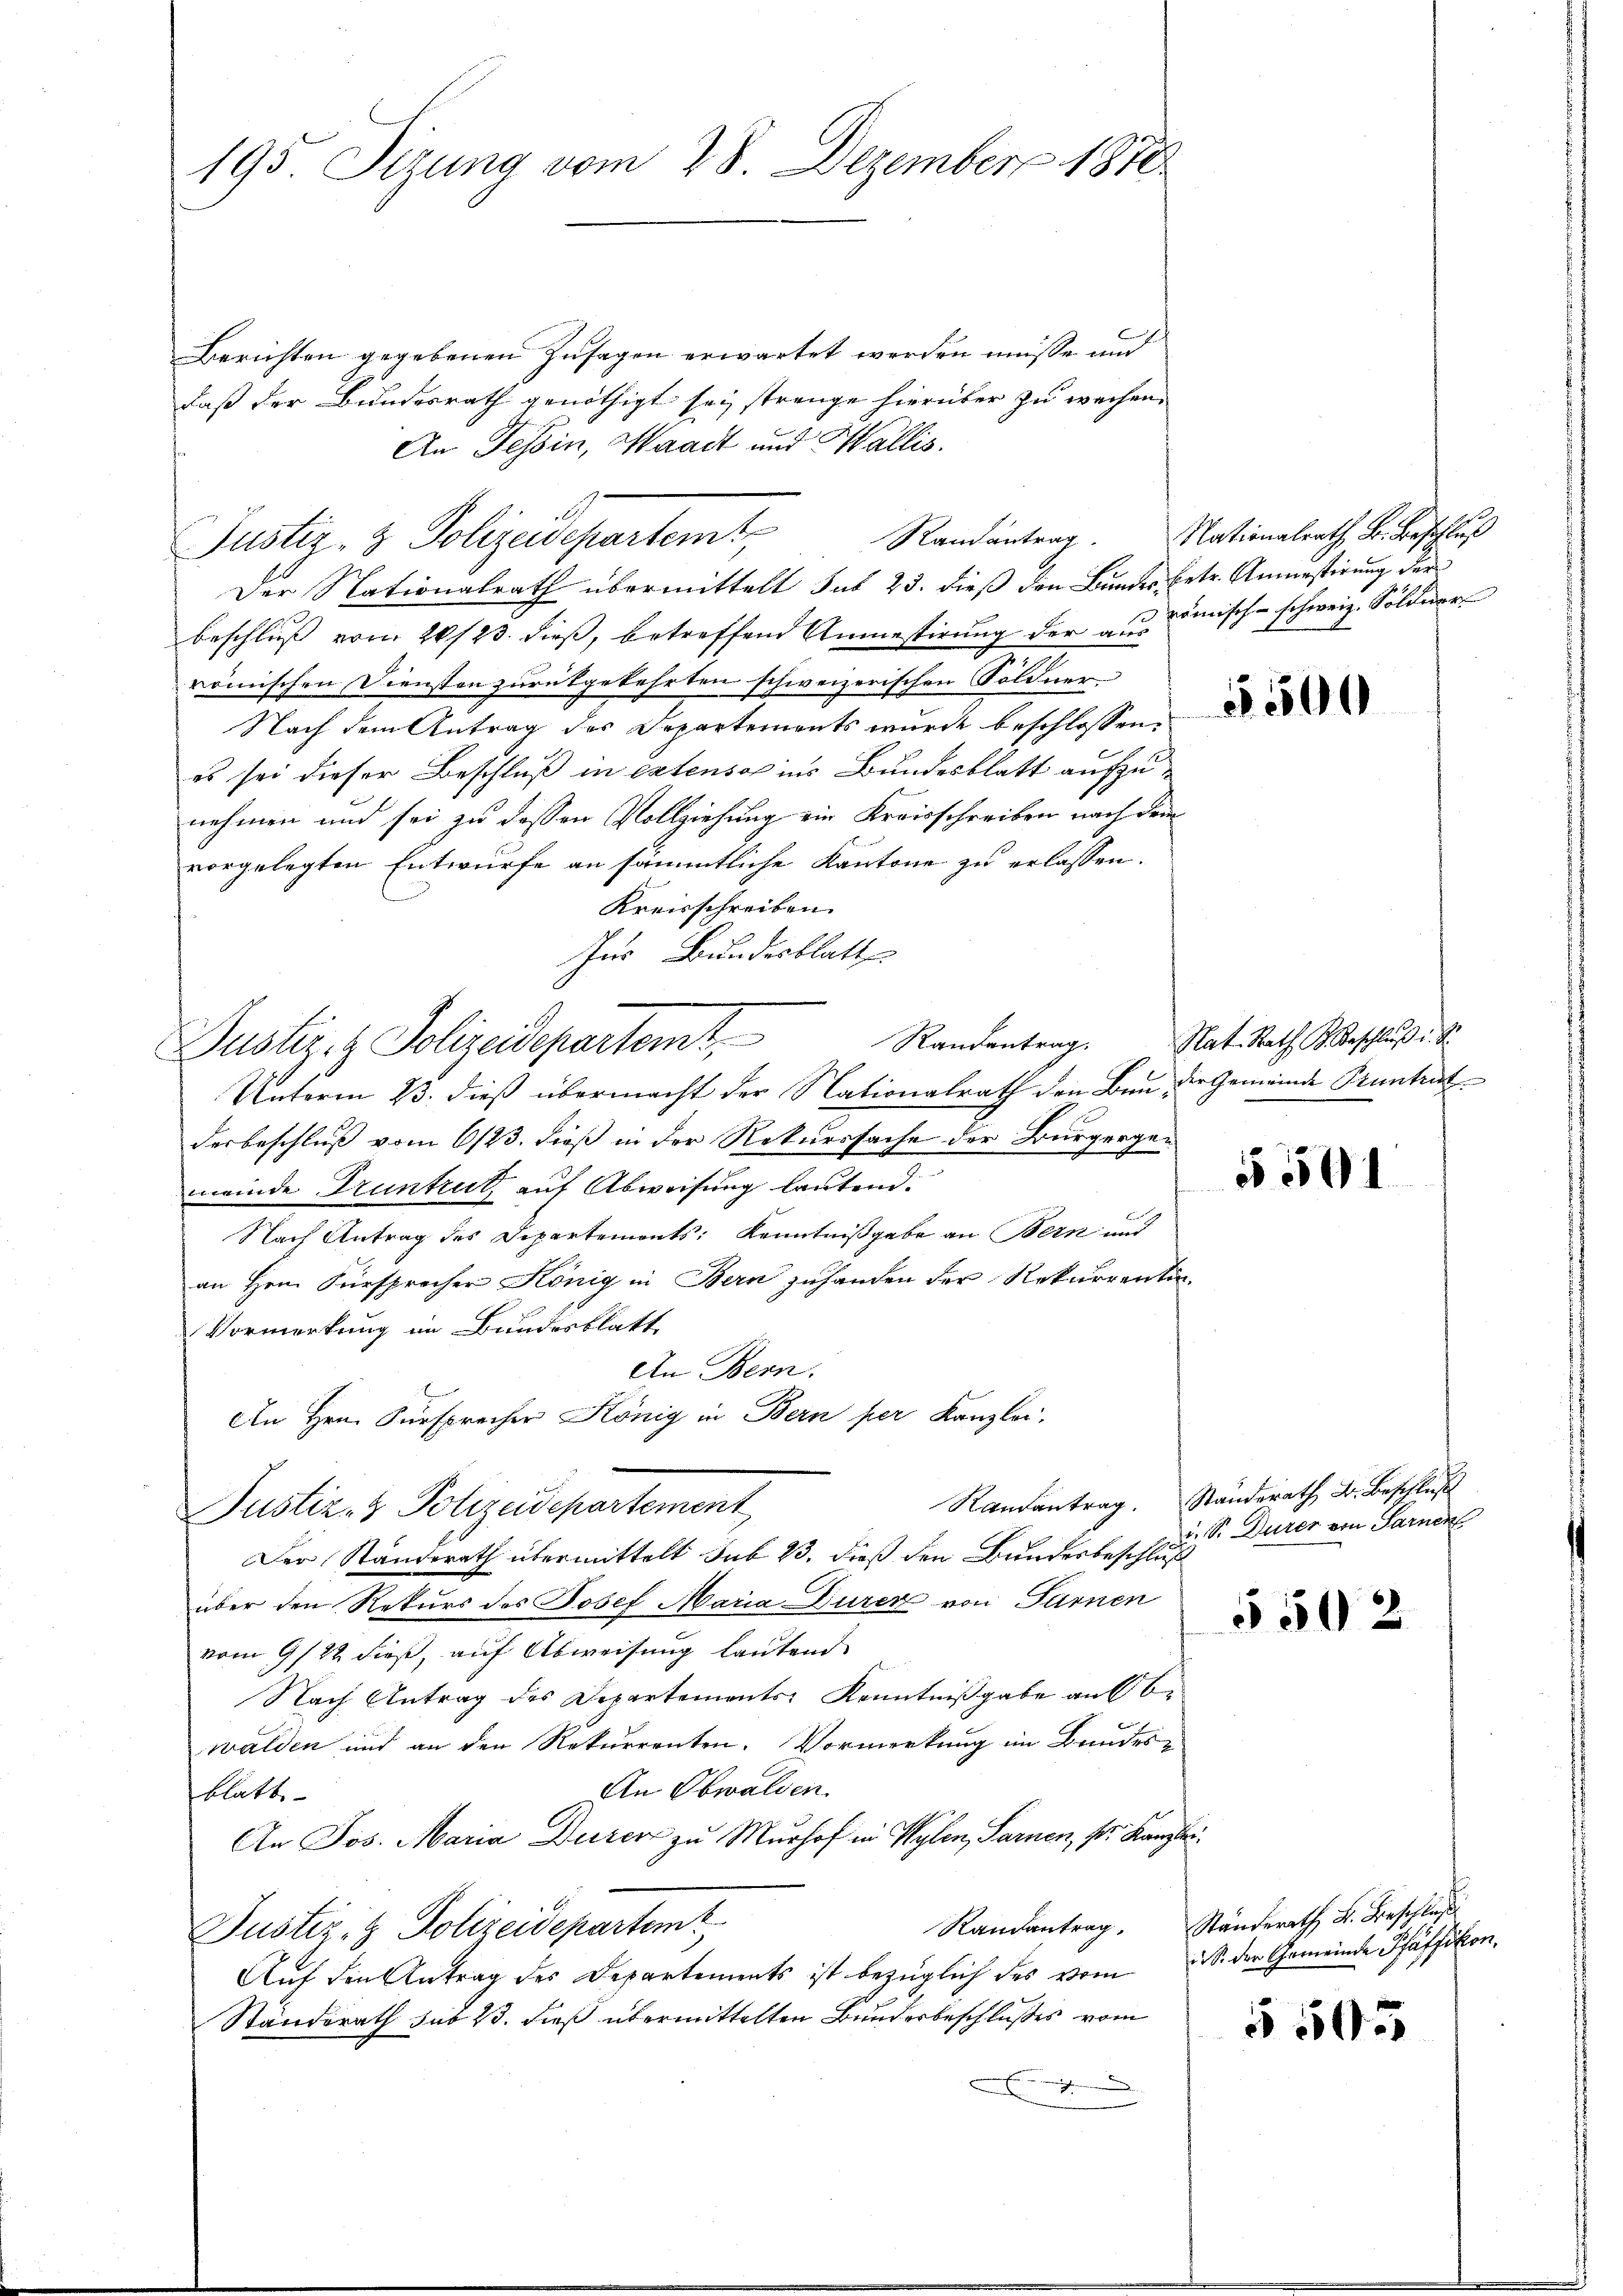
195. Stzung vom 28. Dezember 1870

Berichten gegebenen Zusagen erwartet werden müsse und
daß der Bundesrath genöthigt sei strenge hierüber zu wachen.
An Tessin, Waadt und Wallis.
Randantrag.
Der Nationalrath übermittelt sub 23. dieß den Bundes betr. Anmastirung der
beschluß vom 20/23. dieß, betreffend Anmestirung der aus mische schweiz. Söldner
römischen Diensten zurükgekehrten schweizerischen Söldner
Nach dem Antrag des Departements wurde beschlossen.
es sei dieser Beschluß in extenso ins Bundesblatt aufzunehmen und sei zu dessen Vollziehung ein Kreisschreiben nach dem
vorgelegten Entwurfe an sämmtliche Kantone zu erlassen.
Kreisschreiben.
Ins Bundesblatt
Randantrag.
Justiz- & Polizeidepartemt
Unterm 23. dieß übermacht der Nationalrath den Bau die Gemeinde Pruntrut
derbeschluß vom 6/23. dieß in der Rekurssache der Bürgergemeinde Druntrut, auf Abweisung lautend.
Nach Antrag des Departemonts: Kenntnißgabe an Bern und
an Hrn. Fürsprocher König in Bern zuhanden der Rekurrentin.
Vormerkung im Bundesblatt
An Bern.
An Hrn. Fürsprecher König in Bern per Kanzlei,
Randantrag.
Justiz- & Polizeidepartement
Der Standerath übermittelt sub 23. dieß den Bundesbeschluß
über den Rekurs des Josef Maria Dürer von Farnen
vom 9/22. dieß, auf Abweisung lautend
Nach Antrag des Departements Kenntnißgabe auf bewälden und an den Rekurrenten. Vormerkung im Bundes-
An Obwalden.
blatt
An Jos. Maria Dürer zu Murhof in Wylen, Sarnen, pr. Kanzle
Randantrag,
Justiz- & Polizeidepartemt
Auf den Antrag des Departements ist bezüglich des vom
Standerath sub 23. dieß übermittelten Bundesbeschlußes vom

Justiz- & Polizeidepartemt

Nationalrath B. Beschluß

5500

Rat. Rath K. Beschlŭβ u. S.

5 501

Standerath Dr. Beschluß
i. S. Durer von Sarner

5502

Ständerath B. Beschluß
i. S. der Gemeinde Pfäffikon.

5 505